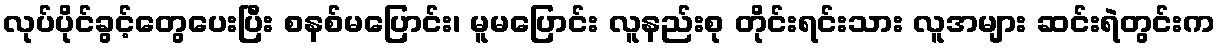
လုပ်ပိုင်ခွင့်တွေပေးပြီး စနစ်မပြောင်း၊ မူမပြောင်း လူနည်းစု တိုင်းရင်းသား လူအများ ဆင်းရဲတွင်းက